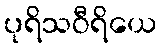
ပုရိသဝီရိယေ